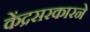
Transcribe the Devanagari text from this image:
केंद्रसरकारने